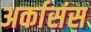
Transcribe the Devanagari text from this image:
अर्कासंस